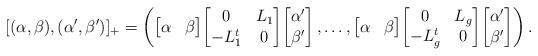
LaTeX: \begin{align*}[(\alpha,\beta),(\alpha',\beta')]_+ & = \left(\begin{bmatrix} \alpha &\beta \end{bmatrix}\!\begin{bmatrix} 0 & L_1\\ -L_1^t & 0 \end{bmatrix}\!\begin{bmatrix}\alpha'\\ \beta'\end{bmatrix},\dots,\begin{bmatrix} \alpha &\beta \end{bmatrix}\!\begin{bmatrix} 0 & L_g\\ -L_g^t & 0 \end{bmatrix}\!\begin{bmatrix}\alpha'\\ \beta'\end{bmatrix}\right).\end{align*}